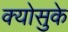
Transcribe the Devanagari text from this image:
क्योसुके